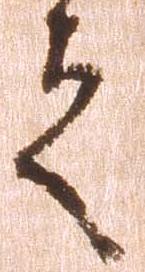
之